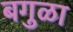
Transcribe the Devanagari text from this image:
बगुळा